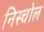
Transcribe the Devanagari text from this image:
निस्चोल